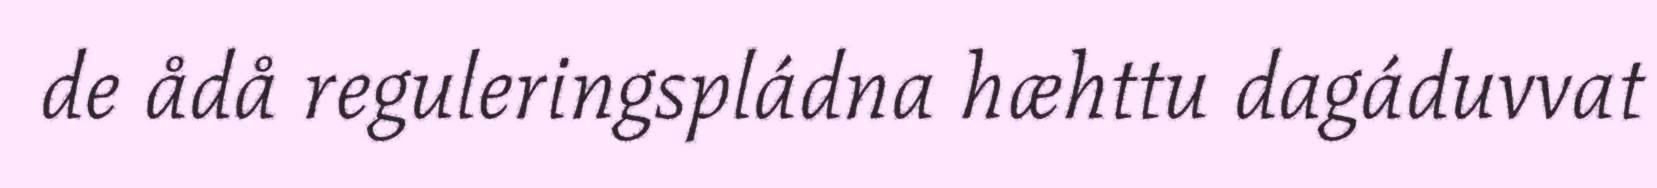
de ådå reguleringspládna hæhttu dagáduvvat